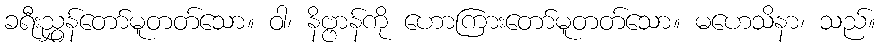
ခရီးညွှန်တော်မူတတ်သော။ ဝါ၊ နိဗ္ဗာန်ကို ဟောကြားတော်မူတတ်သော။ မဟေသိနာ၊ သည်။